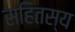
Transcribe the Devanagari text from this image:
सहितस्य